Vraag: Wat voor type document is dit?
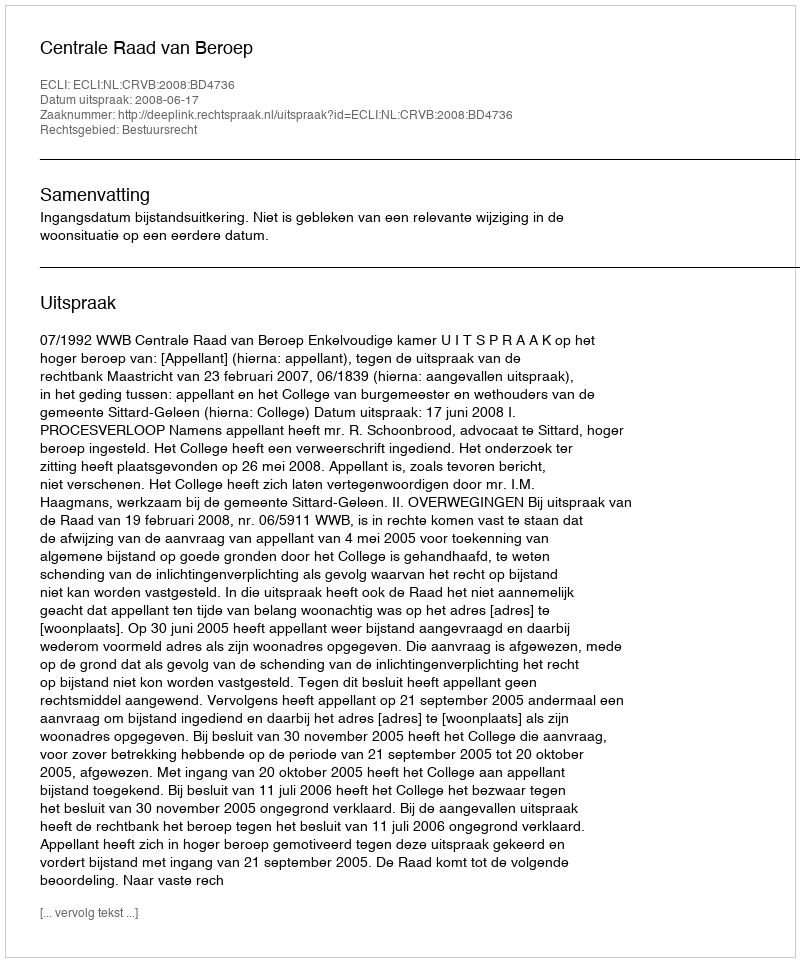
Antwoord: Uitspraak